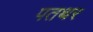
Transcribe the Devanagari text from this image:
पतथर